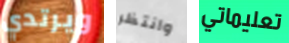
ويرتدي وانتظر تعليماتي